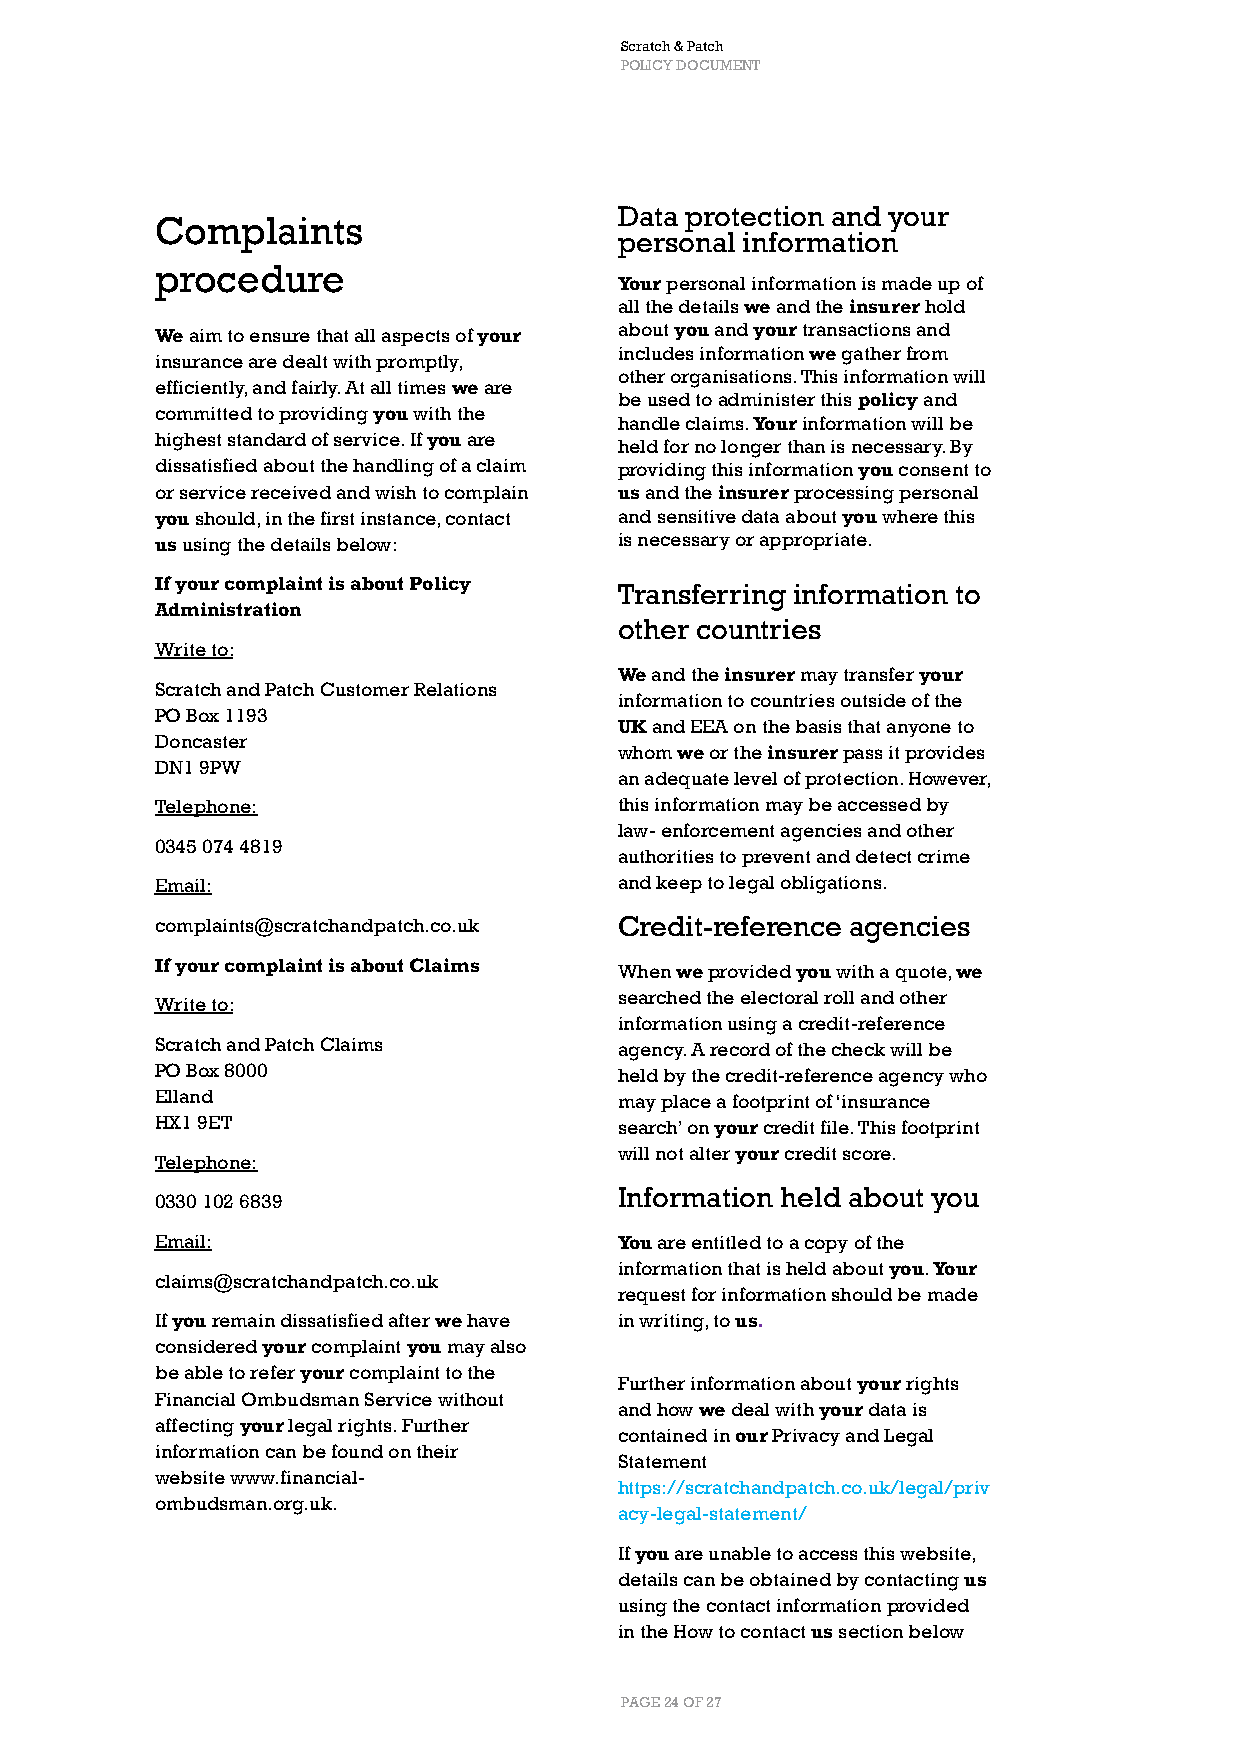
Scratch & Patch
 POLICY DOCUMENT
 Data protection and your
 Complaints
 personal information
 procedure
 Your personal information is made up of
 all the details we and the insurer hold
 We aim to ensure that all aspects of your about you and your transactions and
 includes information we gather from
 insurance are dealt with promptly,
 other organisations. This information will
 efficiently, and fairly. At all times we are
 be used to administer this policy and
 committed to providing you with the
 handle claims. Your information will be
 highest standard of service. If you are
 held for no longer than is necessary. By
 dissatisfied about the handling of a claim providing this information you consent to
 or service received and wish to complain us and the insurer processing personal
 you should, in the first instance, contact and sensitive data about you where this
 us using the details below:    is necessary or appropriate.
 If your complaint is about Policy
 Transferring information to
 Administration
 other countries
 Write to:
 We and the insurer may transfer your
 Scratch and Patch Customer Relations
 information to countries outside of the
 PO Box 1193
 UK and EEA on the basis that anyone to
 Doncaster
 whom we or the insurer pass it provides
 DN1 9PW
 an adequate level of protection. However,
 Telephone:                     this information may be accessed by
 law- enforcement agencies and other
 0345 074 4819
 authorities to prevent and detect crime
 Email:                         and keep to legal obligations.
 complaints@scratchandpatch.co.uk Credit-reference agencies
 If your complaint is about Claims When we provided you with a quote, we
 searched the electoral roll and other
 Write to:
 information using a credit-reference
 Scratch and Patch Claims       agency. A record of the check will be
 PO Box 8000                    held by the credit-reference agency who
 Elland                         may place a footprint of ‘insurance
 HX1 9ET                        search’ on your credit file. This footprint
 will not alter your credit score.
 Telephone:
 Information held about you
 0330 102 6839
 Email:                         You are entitled to a copy of the
 information that is held about you. Your
 claims@scratchandpatch.co.uk
 request for information should be made
 If you remain dissatisfied after we have in writing, to us.
 considered your complaint you may also
 be able to refer your complaint to the
 Further information about your rights
 Financial Ombudsman Service without
 and how we deal with your data is
 affecting your legal rights. Further
 contained in our Privacy and Legal
 information can be found on their
 Statement
 website www.financial-
 https://scratchandpatch.co.uk/legal/priv
 ombudsman.org.uk.
 acy-legal-statement/
 If you are unable to access this website,
 details can be obtained by contacting us
 using the contact information provided
 in the How to contact us section below
 PAGE 24 OF 27